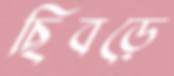
ছিবড়ে